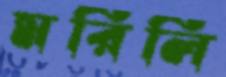
মরিলি